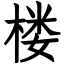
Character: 楼